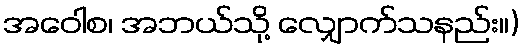
အဝေါစ၊ အဘယ်သို့ လျှောက်သနည်း။)